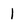
Character: 1